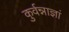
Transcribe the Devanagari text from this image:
कुर्वन्नाज्ञां